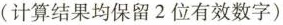
(计算结果均保留2位有效数字)